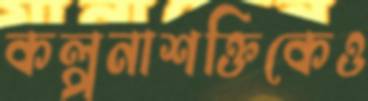
কল্পনাশক্তিকেও